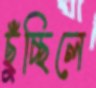
ছুঁচ্ছিলে